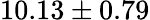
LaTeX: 10.13\pm 0.79